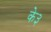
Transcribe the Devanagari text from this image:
के३